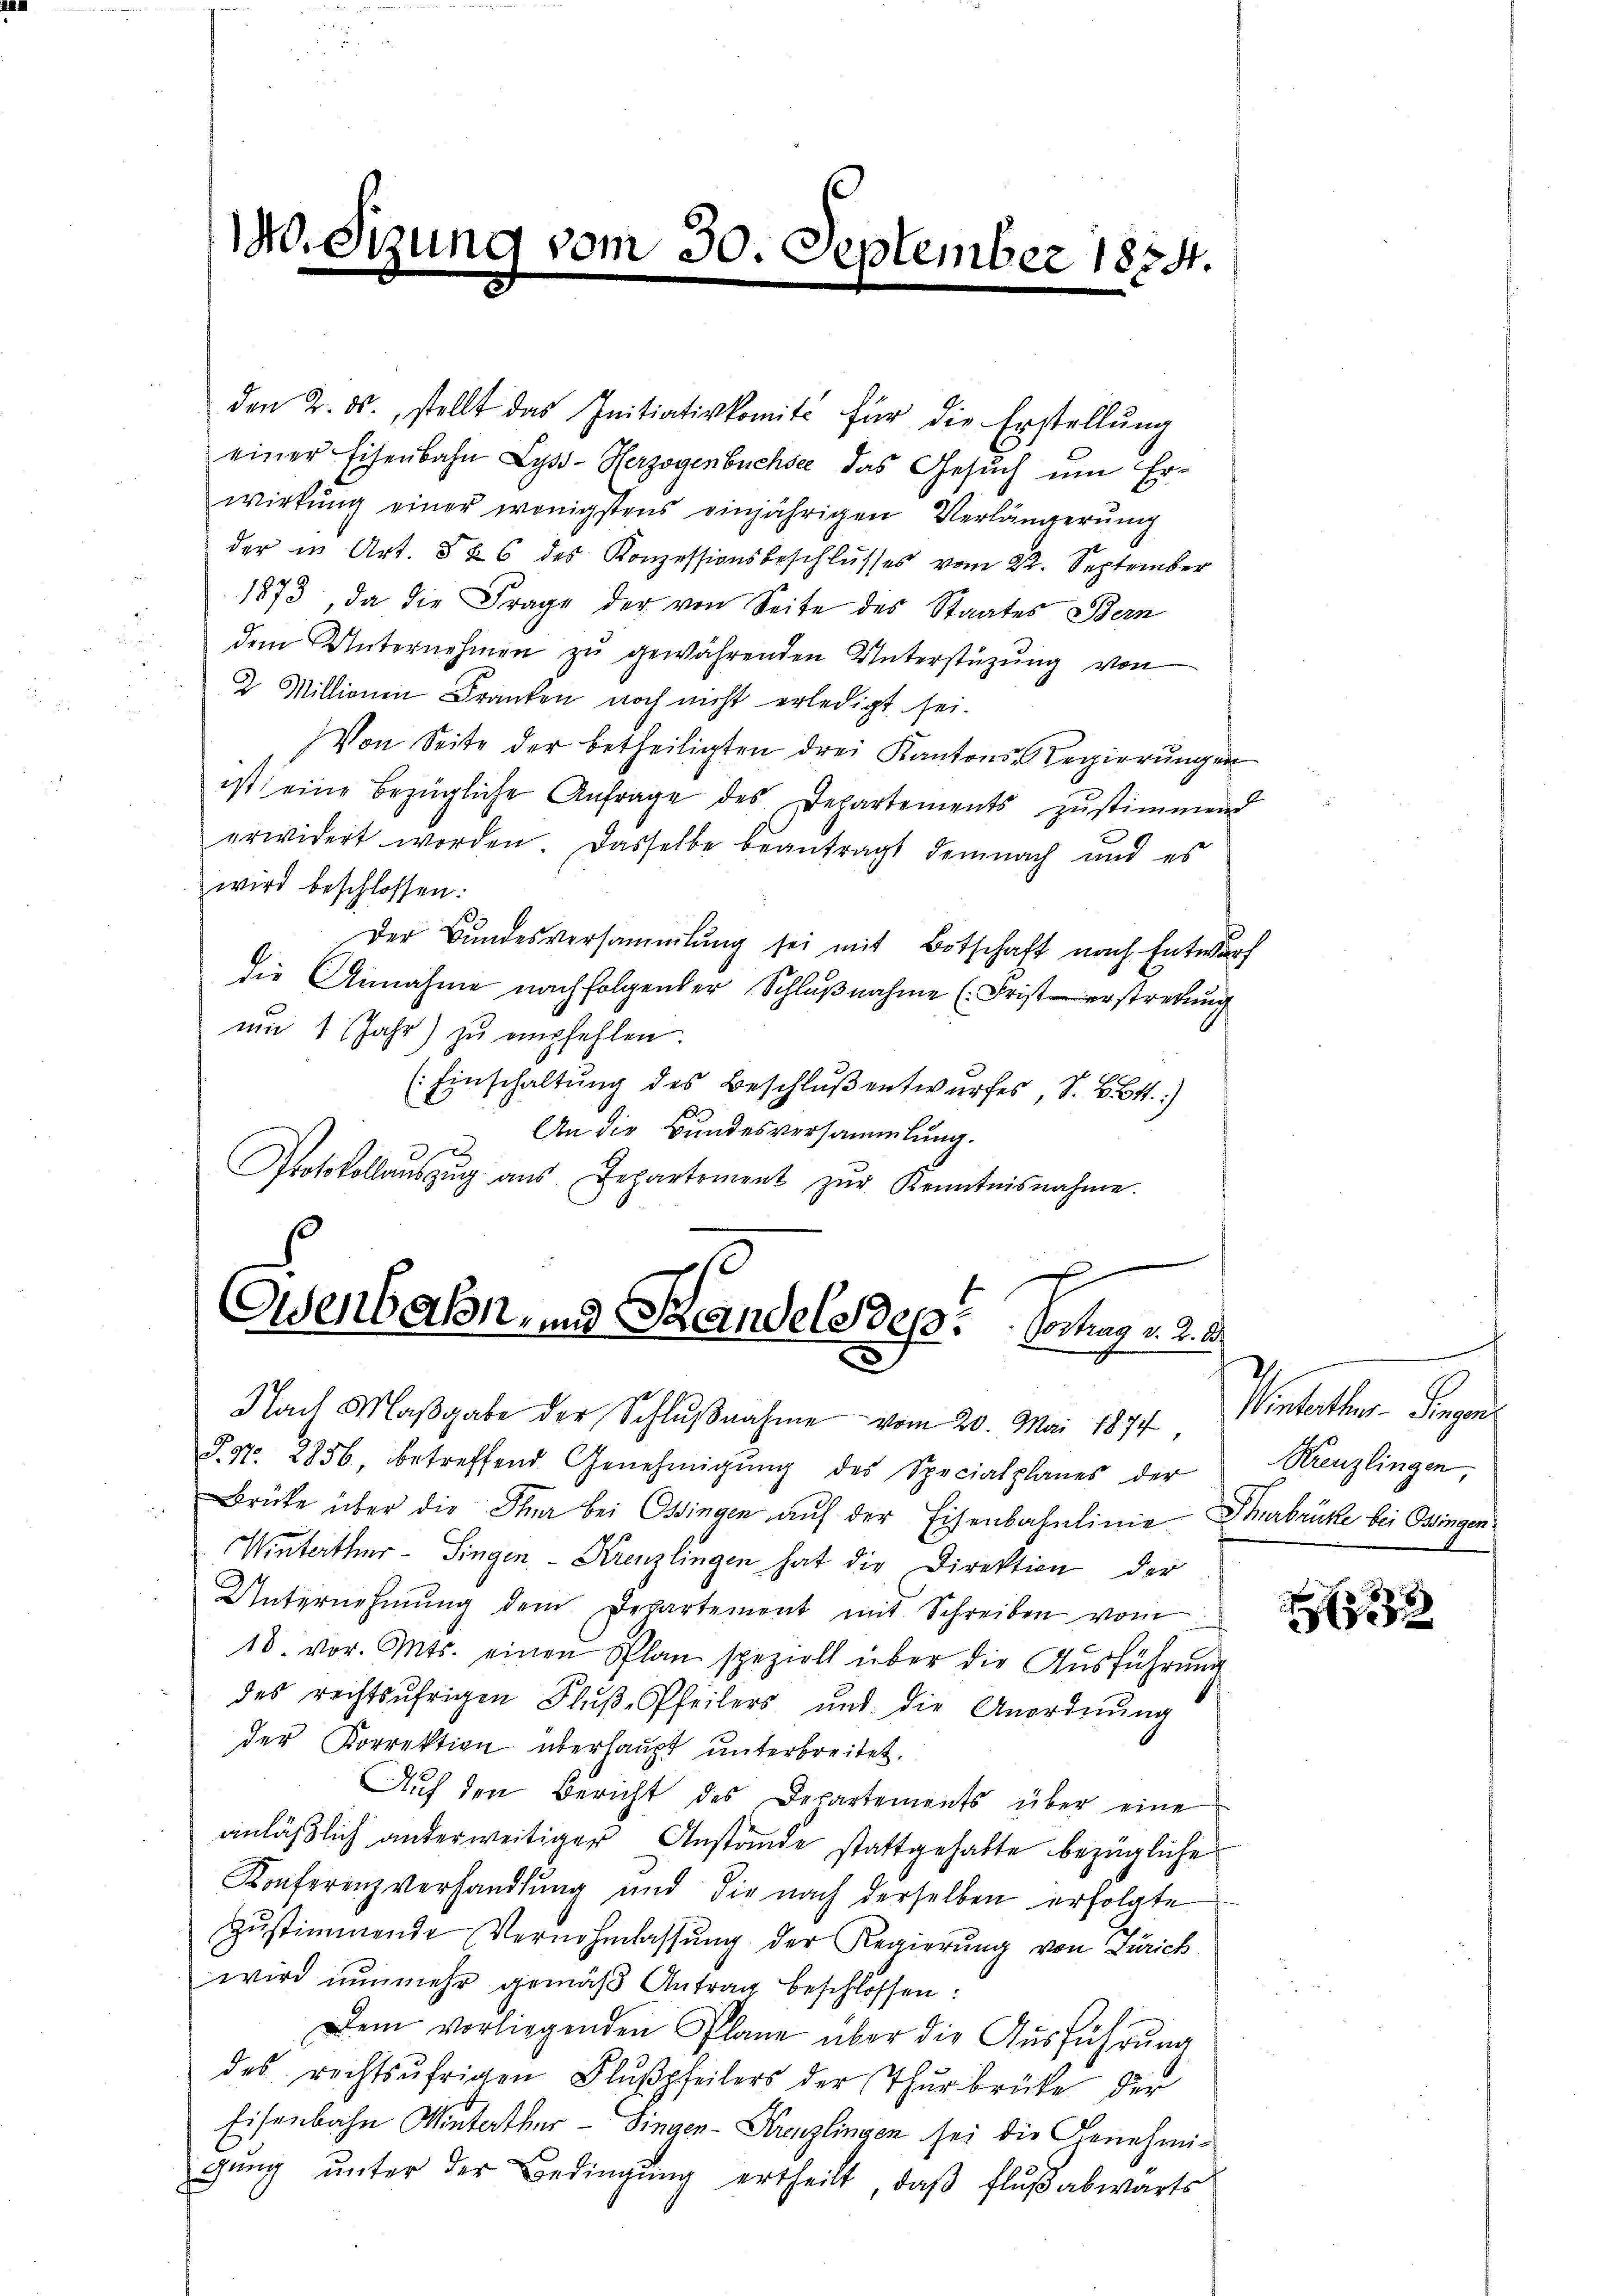
140

1

vom 30. September 1834.

den 2. ds., stellt das Initiativkomité für die Erstellŭng
einer Eisenbahn Lyss-Herzogenbüchse das Gesŭch ŭm Er-
wirkung einer wenigstens einjährigen Verlängerŭng
der in Art. § 26 des Konzessionsbeschlusses vom 22. September
1873, da die Frage der von Seite des Staates Bern
dem Unternehmen zŭ gewährenden Unterstüzung von
2 Millionen Franken noch nicht erledigt sei.
Von Seite der betheiligten drei Kantons-Regierŭngen
ist eine bezügliche Anfrage des Departements zustimmend
erwidert worden. Dasselbe beantragt demnach und es
wird beschlossen:
Der Bundesversammlung sei mit Botschaft nach Entwurf
die Annahme nachfolgender Schlŭβnahme (Fristerstretŭng
mm 1 Jahr) zŭ empfehlen.
(Einschaltŭng des Beschlŭβ entwurfes, S. B. tt.)
 An die Bundesversammlung.
Protokollaŭszŭg aŭs Departement zŭr Kenntnisnahme.

Osenbahn und Randels des Vorhag v. d. 2.
Nach Maβgabe der Schlŭβnahme vom 20. Mai 1874,

S. 97. 2856, betreffend Genehmigŭng des Specialplanes der
Brüke über die Ster bei Ossingen auf der Eisenbahnlinie Thurbrücke bei Ossingen.
Winterthur - Singen - Krenzlingen hat die Direktion der
Unternehmung dem Departement mit Schreiben vom
18. vor. Mts. einen Plan speziell über die Aŭsführŭng
des rechtsufrigen Flŭβ-Pfeilers und die Anordnŭng
der Korrektion überhaupt unterbreitet.
Auf den Bericht des Departements über eine
anläßlich anderweitiger Anstände stattgehabte bezügliche
Konferenzverhandlung und die nach derselben erfolgte
zŭstimmende Vernehmlassŭng der Regierŭng von Zürich
wird nunmehr gemäβ Antrag beschlossen:
Dem vorliegenden Plane über die Aŭsführung
des rechtsufrigen Flußpfeilers der Thurbrüke der
Eisenbahn Winterthur - Singen-Kreuzlingen sei die Genehmigŭng ŭnter der Bedingŭng ertheilt, daβ Flußabwärts

Pharakter Fragen
Kreuzlingen,

.
5232